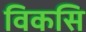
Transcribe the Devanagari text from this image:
विकसि